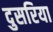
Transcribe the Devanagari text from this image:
दुसरिया